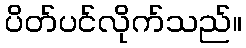
ပိတ်ပင်လိုက်သည်။